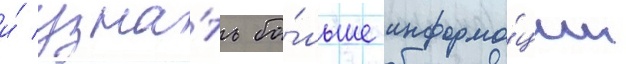
и́ узна́ть бо́льше информа́ции